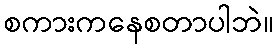
စကားကနေစတာပါဘဲ။